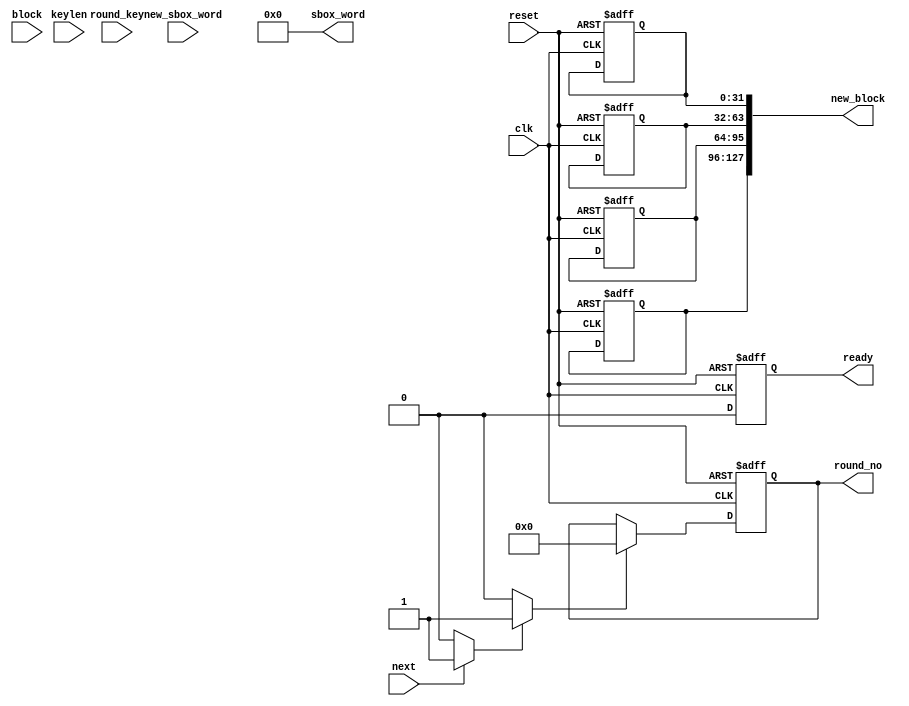
`timescale 1ns / 1ps


/*
By default, al the unkwon labels in a verilog file are defined as wires. This bahaviour is very dangerous. Any typo on the signals name will be not detected.

To solve this, all the verilog files include this command in the beginning:
`default_nettype none
*/
`default_nettype none



module aes_encode_block(
    input wire clk,
    input wire reset,
    input wire next,
    input wire keylen,
    
    output wire [3:0] round_no,
    input wire[127:0] round_key,
    
    output wire [31:0] sbox_word,
    input wire [31:0] new_sbox_word,
    
    input wire [127:0] block,
    output wire [127:0] new_block,
    output wire ready
    );
    
    
    
    //Some constants and parameter defination
    localparam AES_128_BIT_KEY = 1'h0;
    localparam AES_256_BIT_KEY = 1'h1;
    
    localparam AES_128_ROUNDS = 4'ha;
    localparam AES_256_ROUNDS = 4'he;
    
    localparam NO_UPDATE = 3'h0;
    localparam INIT_UPDATE = 3'h1;
    localparam SBOX_UPDATE = 3'h2;
    localparam MAIN_UPDATE = 3'h3;
    localparam FINAL_UPDATE = 3'h4;
    
    localparam CTRL_IDLE = 2'h0;
    localparam CTRL_INIT = 2'h1;
    localparam CTRL_SBOX = 2'h2;
    localparam CTRL_MAIN = 2'h3;
    
    
    // Round function
    
    //multplication by two function
    function [7:0] gm2(input [7:0] op);
        begin
            
            //xor by 1b if number exceed 0x80 to prevent overflow
            gm2 = {op[6:0] , 1'b0} ^ (8'h1b & {8{op[7]}});
        
        end
    endfunction
    
    
    //multplication by three function
    function [7:0] gm3(input [7:0] op);
        begin
            
            gm3 = gm2(op) ^ op;
            
        end
    endfunction
    
    
    //mix words function
    function [31:0] mixw(input [31:0] w);
        
        reg[7:0] b0 , b1 , b2 , b3; 
        //mixed words
        reg[7:0] mb0 , mb1 , mb2 , mb3;
        begin
            
            b0 = w[31:24];
            b1 = w[23:16];
            b2 = w[15:8];
            b3 = w[7:0];
            
            mb0 = gm2(b0) ^ gm3(b1) ^ b2 ^ b3;
            mb1 = b0 ^ gm2(b1) ^ gm3(b2) ^ b3;
            mb2 = b0 ^ b1 ^ gm2(b2) ^ gm3(b3);
            mb3 = gm3(b0) ^ b1 ^ b2 ^ gm2(b3);
            
            mixw = {mb0 , mb1 , mb2 , mb3};
            
        end
    endfunction
    
    
    
    //mix columns function
    function [127:0] mixcolumns(input [127:0] data);
    
        reg[31:0] w0 , w1 , w2 , w3; 
        //mixed columns
        reg[31:0] mw0 , mw1 , mw2 , mw3;
        
        begin
        
            w0 = data[127:96];
            w1 = data[95:64];
            w2 = data[63:32];
            w3 = data[31:0];
            
            mw0 = mixw(w0);
            mw1 = mixw(w1);
            mw2 = mixw(w2);
            mw3 = mixw(w3);
            
            mixcolumns = {mw0 , mw1 , mw2 , mw3};
            
        end
    endfunction
    
    
    //shift rows function
    function [127:0] shiftrows(input [127:0] data);
        
        reg[31:0] w0 , w1 , w2 , w3; 
        reg[31:0] mw0 , mw1 , mw2 , mw3;
        begin
            
            w0 = data[127:96];
            w1 = data[95:64];
            w2 = data[63:32];
            w3 = data[31:0];
            
            mw0 = {w0[31:24] , w1[23:16] , w2[15:8] , w3[7:0]};
            mw1 = {w1[31:24] , w2[23:16] , w3[15:8] , w0[7:0]};
            mw2 = {w2[31:24] , w3[23:16] , w0[15:8] , w1[7:0]};
            mw3 = {w3[31:24] , w0[23:16] , w1[15:8] , w2[7:0]};
            
            shiftrows = {mw0 , mw1 , mw2 , mw3};
            
        end
    endfunction
    
    
    function [127:0] addroundkey(input [127:0] data , input [127:0] roundkey);
        begin
            
            addroundkey= data ^ roundkey;
            
        end
    endfunction
    
    
    //Update variables registers
    
    
    //Subbyte network registers
    reg [1:0]   sword_ctr_reg;
    reg [1:0]   sword_ctr_new;
    reg         sword_ctr_we;
    reg         sword_ctr_rst;
    reg         sword_ctr_inc;
    
    
    //roundkey network registers
    reg [3:0]   round_ctr_reg;
    reg [3:0]   round_ctr_new;
    reg         round_ctr_we;
    reg         round_ctr_rst;
    reg         round_ctr_inc;
    
    
    
    reg [127:0]   block_new;
    reg [31:0]    block_w0_reg;
    reg [31:0]    block_w1_reg;
    reg [31:0]    block_w2_reg;
    reg [31:0]    block_w3_reg;
    reg           block_w0_we;
    reg           block_w1_we;
    reg           block_w2_we;
    reg           block_w3_we;
    
    
    reg           ready_reg;
    reg           ready_new;
    reg           ready_we;
    
    
    reg [1:0]     enc_ctrl_reg;
    reg [1:0]     enc_ctrl_new;
    reg           enc_ctrl_we;
    
    
    
    //Some wires
    reg [2:0]    update_type;
    reg [31:0]   muxed_sboxw;
    
    
    //Connection of some output ports
    assign round_no = round_ctr_reg;
    assign sbox_word = muxed_sboxw;
    assign new_block = {block_w0_reg , block_w1_reg , block_w2_reg , block_w3_reg};
    assign ready = ready_reg;
    
    
    
    //Update functionallity of all registers in encryption core
    always@(posedge clk or negedge reset)
    begin
    
        if(reset == 0)
            begin
                
                block_w0_reg <= 32'h0;
                block_w1_reg <= 32'h0;
                block_w2_reg <= 32'h0;
                block_w3_reg <= 32'h0;
                sword_ctr_reg <= 4'h0;
                round_ctr_reg <= 4'h0;
                ready_reg <= 1'b1;
                enc_ctrl_reg <= CTRL_IDLE;
                
            end
        else
            begin
            
                if(block_w0_we)
                    block_w0_reg <= block_new[127:96];
            
                if(block_w1_we)
                    block_w1_reg <= block_new[95:64];            
 
                 if(block_w2_we)
                    block_w2_reg <= block_new[63:32];   
                    
                if(block_w3_we)
                    block_w1_reg <= block_new[31:0];  
                    
                if(sword_ctr_we)
                    sword_ctr_reg <= sword_ctr_new;   

                if(round_ctr_we)
                    round_ctr_reg <= round_ctr_new;
                    
                if(ready_reg)
                    ready_reg <= ready_new;                                               
                
                if(enc_ctrl_we)
                    enc_ctrl_reg <= enc_ctrl_new;
                    
            end
    end
    
    
    
    //The logic needed to implement init, main and final rounds.
    always@(*)
    begin : round_logic
        
        reg [127:0] old_block , shiftrows_block , mixcolumns_block;
        reg [127:0] addkey_init_block , addkey_main_block , addkey_final_block;
        
        block_new = 128'h0;
        muxed_sboxw = 32'h0;
        block_w0_we = 1'b0;
        block_w1_we = 1'b0;
        block_w2_we = 1'b0;
        block_w3_we = 1'b0;
        
        old_block = {block_w0_reg , block_w1_reg , block_w2_reg , block_w3_reg};
        shiftrows_block = shiftrows(old_block);
        mixcolumns_block = mixcolumns(shiftrows_block);
        addkey_init_block = addroundkey(block , round_key);
        addkey_main_block = addroundkey(mixcolumns_block , round_key);
        addkey_final_block = addroundkey(shiftrows_block , round_key);
        
        case(update_type)
            INIT_UPDATE:
                
                begin
                    
                    block_new = addkey_init_block;
                    block_w0_we = 1'b1;
                    block_w1_we = 1'b1;
                    block_w2_we = 1'b1;
                    block_w3_we = 1'b1;                    
                
                end
                
            SBOX_UPDATE:
            
                begin
                
                    block_new = {new_sbox_word , new_sbox_word , new_sbox_word , new_sbox_word};
                    
                    case(sword_ctr_reg)
                        2'h0:
                            begin
                                
                                muxed_sboxw = block_w0_reg;
                                block_w0_we = 1'b1;
                                
                            end

                        2'h1:
                            begin
                                
                                muxed_sboxw = block_w1_reg;
                                block_w1_we = 1'b1;
                                
                            end      

                        2'h2:
                            begin
                                
                                muxed_sboxw = block_w2_reg;
                                block_w2_we = 1'b1;
                                
                            end    
                            
                        2'h3:
                            begin
                                    
                                 muxed_sboxw = block_w3_reg;
                                 block_w3_we = 1'b1;
                                    
                            end         
                    endcase
            
                end
                
                MAIN_UPDATE:
                    begin
                        
                        block_new = addkey_main_block;
                        block_w0_we = 1'b1;
                        block_w1_we = 1'b1;
                        block_w2_we = 1'b1;
                        block_w3_we = 1'b1;                         
                    
                    end
                    
               FINAL_UPDATE:
                    begin
                    
                        block_new = addkey_final_block;
                        block_w0_we = 1'b1;
                        block_w1_we = 1'b1;
                        block_w2_we = 1'b1;
                        block_w3_we = 1'b1;  
                    
                    end
                
                default:
                    begin
                    
                       /* block_new = 0;
                        block_w0_we = 1'b0;
                        block_w1_we = 1'b0;
                        block_w2_we = 1'b0;
                        block_w3_we = 1'b0;*/                                          
                    
                    end
        endcase
    end
    
    
    
    //subbyte counter with reset logic
    always@(*)
    begin
        
         sword_ctr_new = 2'h0;
         sword_ctr_we = 1'b0;
         
         if(sword_ctr_rst)
            begin
                sword_ctr_new = 2'h0;
                sword_ctr_we = 1'b1;           
            
            end
         else if(sword_ctr_inc)
            begin
                
                sword_ctr_new = sword_ctr_reg + 1;
                sword_ctr_we = 1'b1;
            
            end
    end
    
    
    //roundkey counter with reset logic
    always@(*)
    begin
        
         round_ctr_new = 4'h0;
         round_ctr_we = 1'b0;
         
         if(round_ctr_rst)
            begin
                round_ctr_new = 4'h0;
                round_ctr_we = 1'b1;           
            
            end
         else if(round_ctr_inc)
            begin
                
                round_ctr_new = round_ctr_reg + 1;
                round_ctr_we = 1'b1;
            
            end
    end
    
    
    //Finite State Machine that controls encipher operation
    always@(*)
    begin : encipher_ctrl
    
        reg [3:0] num_rounds;
        
        //Default assigments
        sword_ctr_inc = 1'b0;
        sword_ctr_rst = 1'b0;
        round_ctr_inc = 1'b0;
        round_ctr_rst = 1'b0;
        ready_new = 1'b0;
        ready_we = 1'b0;
        update_type = NO_UPDATE;
        enc_ctrl_new = CTRL_IDLE;
        enc_ctrl_new = 1'b0;
        
        if(keylen == AES_256_BIT_KEY)
            begin
                
                num_rounds = AES_256_ROUNDS;
                
            end
            
        else if(keylen == AES_128_BIT_KEY)
            begin
                    
                num_rounds = AES_128_ROUNDS;
                    
            end
            
        case(enc_ctrl_new)
            
            CTRL_IDLE:
                begin
                    
                    if(next)
                        begin
                        
                            round_ctr_rst = 1'b1;
                            ready_new = 1'b0;
                            ready_we = 1'b1;
                            enc_ctrl_new = CTRL_INIT;
                            enc_ctrl_we = 1'b1;
                            
                        end
                end
            
            CTRL_INIT:
                begin
                
                    round_ctr_inc = 1'b1;
                    sword_ctr_rst = 1'b1;
                    update_type = INIT_UPDATE;
                    enc_ctrl_new = CTRL_SBOX;
                    enc_ctrl_we = 1'b1;
                    
                end
                
            CTRL_SBOX:
                begin
                    
                    sword_ctr_inc = 1'b1;
                    update_type = SBOX_UPDATE;
                    //all bytes are replaced with values from SBOX
                    if(sword_ctr_reg == 2'h3)
                        begin
                        
                            enc_ctrl_new = CTRL_MAIN;
                            enc_ctrl_we = 1'b1;
                            
                        end
                end
                
                
            CTRL_MAIN:
                begin
                
                    sword_ctr_rst = 1'b1;
                    round_ctr_inc = 1'b1;
                    if(round_ctr_reg < num_rounds)
                        begin
                            
                            update_type = MAIN_UPDATE;
                            enc_ctrl_new = CTRL_SBOX;
                            enc_ctrl_we = 1'b1;
                        end
                    else 
                        begin
                            
                            update_type = FINAL_UPDATE;
                            ready_new = 1'b1;
                            ready_we = 1'b1;
                            enc_ctrl_new = CTRL_IDLE;
                            enc_ctrl_we = 1'b1;
                        end
                end
                
                default:
                    begin
                    
                    end
        endcase
    
    end
    
endmodule